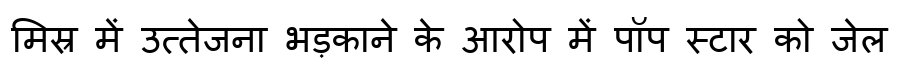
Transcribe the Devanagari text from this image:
मिस्र में उत्तेजना भड़काने के आरोप में पॉप स्टार को जेल